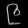
Digit: ၉